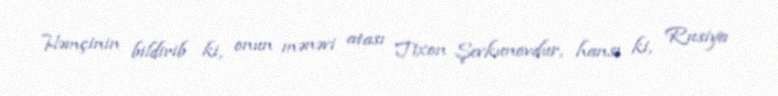
Həmçinin bildirib ki, onun mənəvi atası Tixon Şevkunovdur, hansı ki, Rusiya